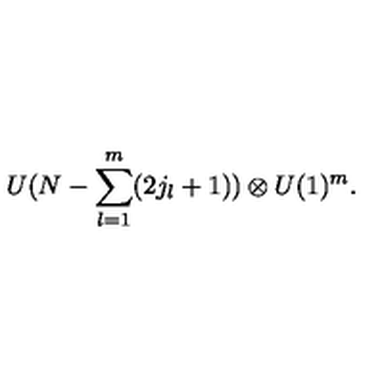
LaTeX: U ( N - \sum _ { l = 1 } ^ { m } ( 2 j _ { l } + 1 ) ) \otimes U ( 1 ) ^ { m } .